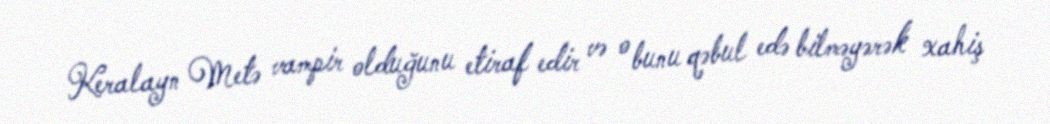
Keralayn Metə vampir olduğunu etiraf edir və o bunu qəbul edə bilməyərək xahiş